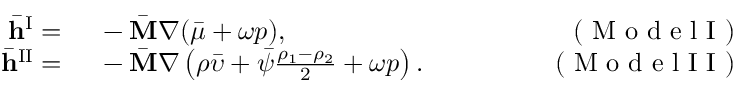
\begin{array} { r l r } { \bar { \mathbf { h } } ^ { \mathrm { I } } = } & { { } ~ - \bar { \mathbf { M } } \nabla ( \bar { \mu } + \omega p ) , \quad \quad \quad \quad } & { ( \mathrm { ~ M ~ o ~ d ~ e ~ l ~ I ~ } ) } \\ { \bar { \mathbf { h } } ^ { \mathrm { I I } } = } & { { } ~ - \bar { \mathbf { M } } \nabla \left( \rho \bar { \upsilon } + \bar { \psi } \frac { \rho _ { 1 } - \rho _ { 2 } } { 2 } + \omega p \right) . \quad \quad \quad \quad } & { ( \mathrm { ~ M ~ o ~ d ~ e ~ l ~ I ~ I ~ } ) } \end{array}